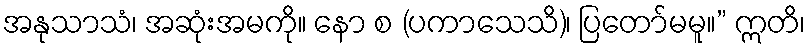
အနုသာသံ၊ အဆုံးအမကို။ နော စ (ပကာသေသိ)၊ ပြတော်မမူ။” ဣတိ၊